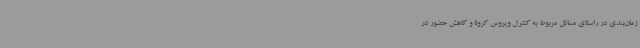
زمان‌بندی در راستای مسائل مربوط به کنترل ویروس کرونا و کاهش حضور در